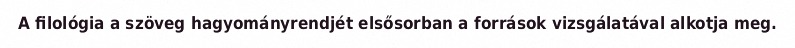
A filológia a szöveg hagyományrendjét elsősorban a források vizsgálatával alkotja meg.